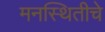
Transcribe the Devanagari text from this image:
मनस्थितीचे